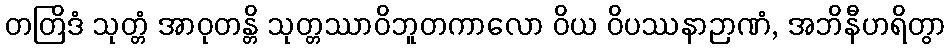
တတြိဒံ သုတ္တံ အာဝုတန္တိ သုတ္တဿာဝိဘူတကာလော ဝိယ ဝိပဿနာဉာဏံ, အဘိနီဟရိတွာ